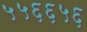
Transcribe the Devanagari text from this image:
५५६६५६